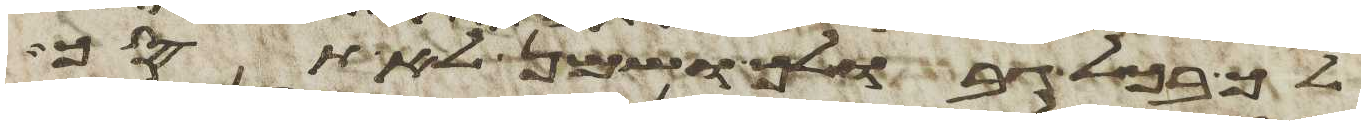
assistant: לך בכל גבולך ושמן לא תסך